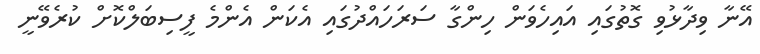
އޭނާ ވިދާޅުވި ގޮތުގައި އައިހެވަން ހިންގާ ސަރަހައްދުގައި އެކަން އެންމެ ފީސިބަލްކޮށް ކުރެވޭނީ